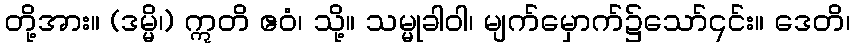
တို့အား။ (ဒမ္မိ၊) ဣတိ ဧဝံ၊ သို့။ သမ္မုခါဝါ၊ မျက်မှောက်၌သော်၎င်း။ ဒေတိ၊